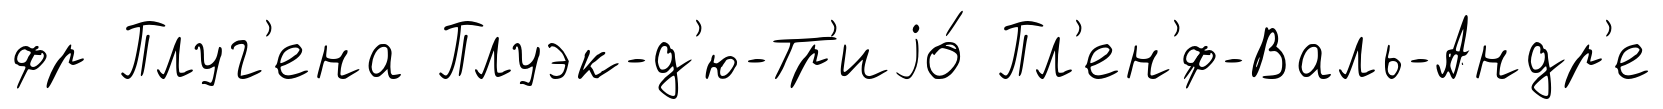
фр Плуг'ена Плуэк-д'ю-Тр'иjо́ Пл'ен'́ф-Валь-Андр'е